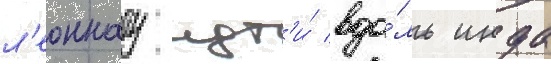
л'еоннату идт'и́ вдо́ль инда